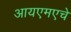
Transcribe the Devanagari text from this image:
आयएमएचे